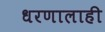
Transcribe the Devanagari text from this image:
धरणालाही